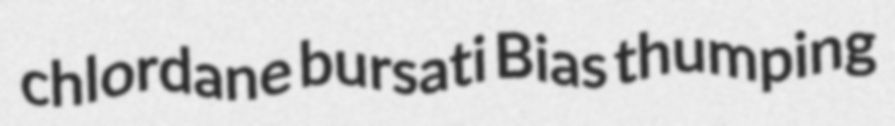
chlordane bursati Bias thumping